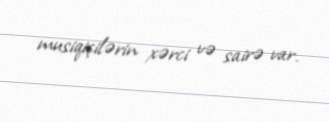
musiqiçilərin xərci və sairə var.